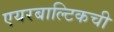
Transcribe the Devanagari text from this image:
एयरबाल्टिकची